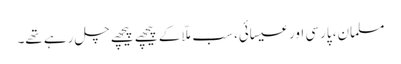
مسلمان، پارسی اور عیسائی، سب ملّا کے پیچھے پیچھے چل رہے تھے۔